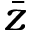
\bar { z }